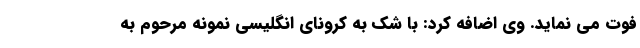
فوت می نماید. وی اضافه کرد: با شک به کرونای انگلیسی نمونه مرحوم به